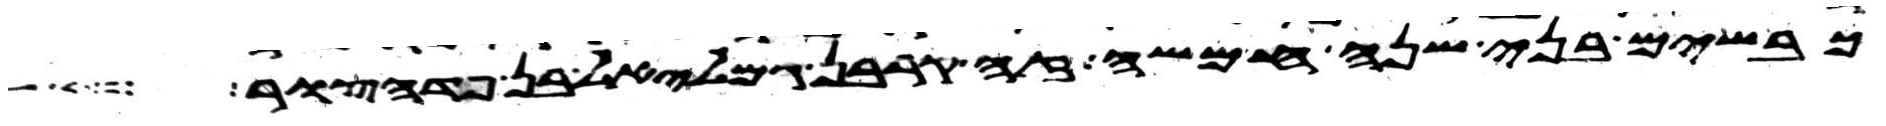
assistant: כבשים בני שנה חמשה זה קרבן גמלאל בן פדהצור